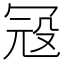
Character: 𱏽